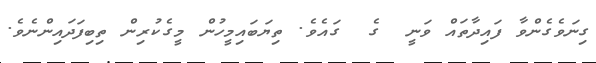
ގިނަވެގެންވާ ފައިދާތައް ވަނީ  ގެ  ގައެވެ. ތިޔަބައިމީހުން މީގެކުރިން ތިބިފަދައިންނެވެ.